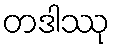
တဒါဿု